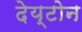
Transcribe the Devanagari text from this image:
देय्टोन